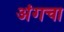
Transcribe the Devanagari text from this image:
अंगचा